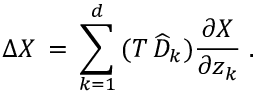
\Delta X \, = \, \sum _ { k = 1 } ^ { d } \, ( T \, \widehat { D } _ { k } ) \frac { \partial X } { \partial z _ { k } } \; .